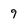
Character: 9